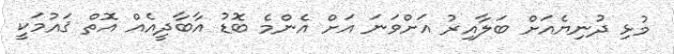
މުޅި ދުނިޔެއަށް ބަލާއިރު އަށްވަނަ އަށް އެންމެ ބޮޑު އާބާދީއެއް އޮތް ޤައުމަކީ